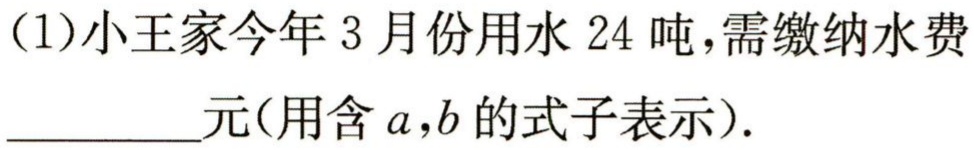
(1)小王家今年3月份用水24吨，需缴纳水费__________元(用含\(a,b\)的式子表示).